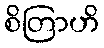
စိတြာဟိ